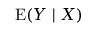
\operatorname { E } ( Y \mid X )